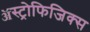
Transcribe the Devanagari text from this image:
ॲस्ट्रोफिजिक्‍स